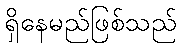
ရှိနေမည်ဖြစ်သည်